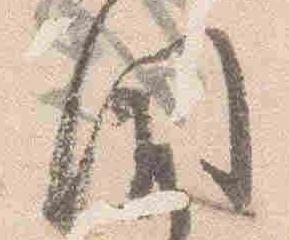
聞